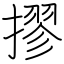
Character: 摎